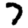
Digit: 7